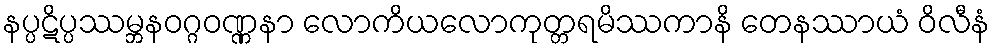
နပ္ပဋိပ္ပဿမ္ဘနဝဂ္ဂဝဏ္ဏနာ လောကိယလောကုတ္တရမိဿကာနိ တေနဿာယံ ဝိလီနံ